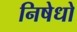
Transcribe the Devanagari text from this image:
निषेधो